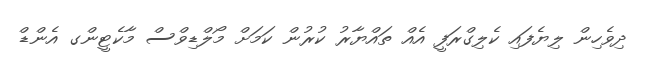
ދިވެހިން ލިޔެފައި ކެލިގްރަފީ އެއް ތައްޔާރު ކުރުން ކަމަށް މޯލްޑިވްސް މާކެޓީންގ އެންޑް